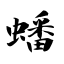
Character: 蟠